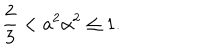
LaTeX: \frac 2 3 < a ^ { 2 } \alpha ^ { 2 } \leq 1 .